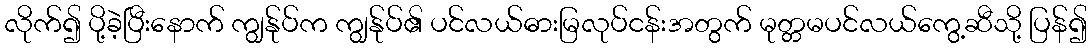
လိုက်၍ ပို့ခဲ့ပြီးနောက် ကျွန်ုပ်က ကျွန်ုပ်၏ ပင်လယ်ဓားမြလုပ်ငန်းအတွက် မုတ္တမပင်လယ်ကွေ့ဆီသို့ ပြန်၍